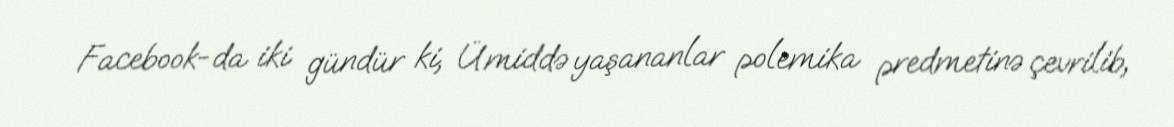
Facebook-da iki gündür ki, Ümiddə yaşananlar polemika predmetinə çevrilib,